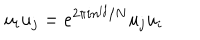
LaTeX: u _ { i } u _ { j } = e ^ { 2 \pi i n ^ { i j } / N } u _ { j } u _ { i }